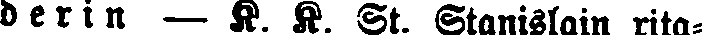
derin — K. K. St. Stanislain rita-